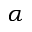
\alpha